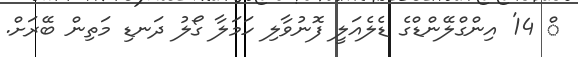
ް 14' އިންގްލޭންޑްގެ ޑެލެއަލީ ފޮނުވާލި ހަމަލާ ގޯލު ދަނޑި މަތިން ބޭރަށް.